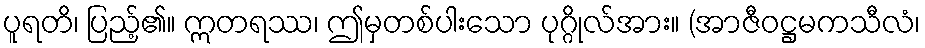
ပူရတိ၊ ပြည့်၏။ ဣတရဿ၊ ဤမှတစ်ပါးသော ပုဂ္ဂိုလ်အား။ (အာဇီဝဋ္ဌမကသီလံ၊